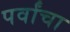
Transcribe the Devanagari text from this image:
पर्वांचा